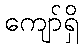
ကျော်ရှိ